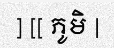
] [[ ភូមិ |